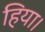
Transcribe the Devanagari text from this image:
हिया।